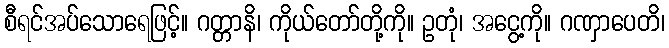
စီရင်အပ်သောရေဖြင့်။ ဂတ္တာနိ၊ ကိုယ်တော်တို့ကို။ ဥတုံ၊ အငွေ့ကို။ ဂဏှာပေတိ၊